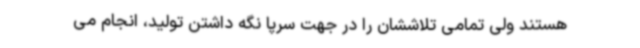
هستند ولی تمامی تلاششان را در جهت سرپا نگه داشتن تولید، انجام می‌